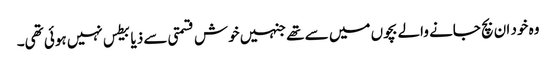
وہ خود ان بچ جانے والے بچوں میں سے تھے جنہیں خوش قسمتی سے ذیابیطس نہیں ہوئی تھی۔